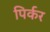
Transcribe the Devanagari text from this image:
पिर्कर